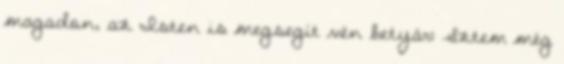
magadon, az Isten is megsegít vén betyár: Sztem még